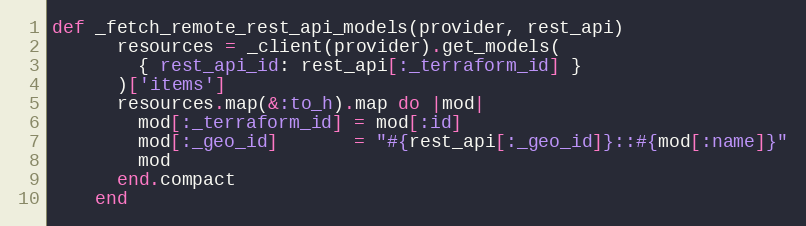
Language: Ruby
def _fetch_remote_rest_api_models(provider, rest_api)
      resources = _client(provider).get_models(
        { rest_api_id: rest_api[:_terraform_id] }
      )['items']
      resources.map(&:to_h).map do |mod|
        mod[:_terraform_id] = mod[:id]
        mod[:_geo_id]       = "#{rest_api[:_geo_id]}::#{mod[:name]}"
        mod
      end.compact
    end